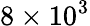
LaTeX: \mathrm{8\times 10^{3}}